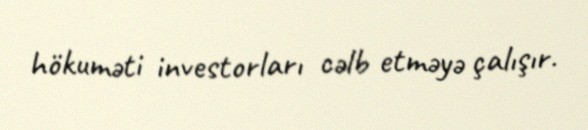
hökuməti investorları cəlb etməyə çalışır.